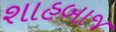
શાહબાજ